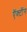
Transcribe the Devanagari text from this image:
ऍक्टींग